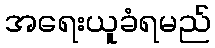
အရေးယူခံရမည်